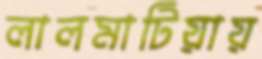
লালমাটিয়ায়